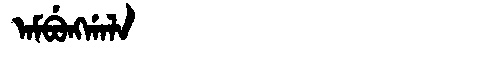
Manchu: ᠠᠮᠪᡠᠩᡤᠠᠯᠠ
Romanization: AMBUNGGALA